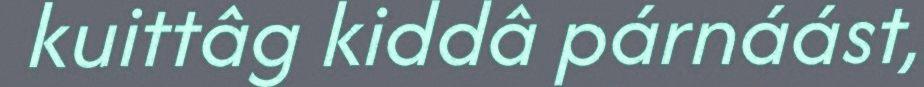
kuittâg kiddâ párnáást,